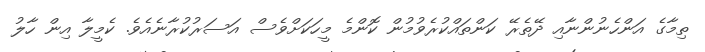
ތިމާގެ އަންހެނުންނާއި ދޭތެރޭ ކަންތައްކުރެވުމުން ކޮންމެ މީހަކަށްވެސް އަސަރުކުރާނެއެވެ. ކެމީލާ އިން ހާލު